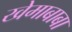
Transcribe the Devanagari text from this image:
खेमाबाबा